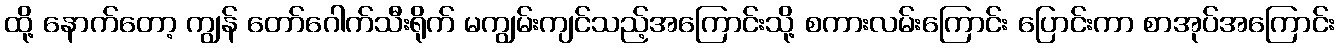
ထို့ နောက်တော့ ကျွန် တော်ဂေါက်သီးရိုက် မကျွမ်းကျင်သည့်အကြောင်းသို့ စကားလမ်းကြောင်း ပြောင်းကာ စာအုပ်အကြောင်း